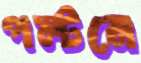
পল্টনে